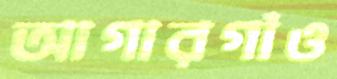
আগারগাঁও